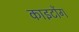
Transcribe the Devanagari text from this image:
काइटोंग